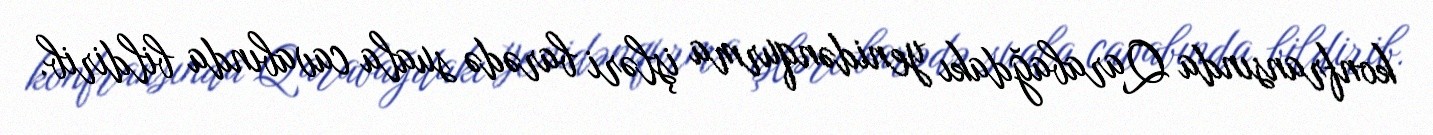
konfransında Qarabağdakı yenidənqurma işləri barədə suala cavabında bildirib.